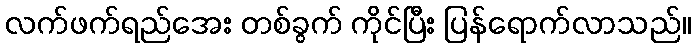
လက်ဖက်ရည်အေး တစ်ခွက် ကိုင်ပြီး ပြန်ရောက်လာသည်။